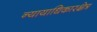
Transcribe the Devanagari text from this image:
न्यायाधिकारक्षेत्र